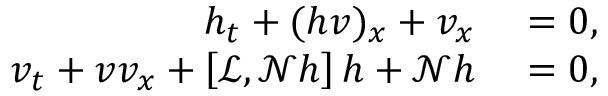
\begin{array} { r l } { h _ { t } + ( h v ) _ { x } + v _ { x } } & { { } = 0 , } \\ { v _ { t } + v v _ { x } + \left[ \mathscr { L } , \mathscr { N } h \right] h + \mathscr { N } h } & { { } = 0 , } \end{array}